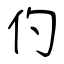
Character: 仢